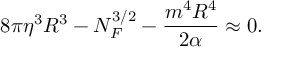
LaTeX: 8 \pi \eta ^ { 3 } R ^ { 3 } - N _ { F } ^ { 3 / 2 } - \frac { m ^ { 4 } R ^ { 4 } } { 2 \alpha } \approx 0 .